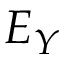
E _ { Y }